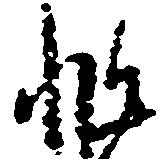
非